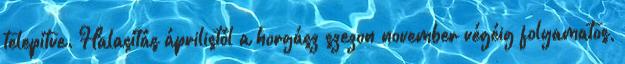
telepítve. Halasítás áprilistól a horgász szezon november végéig folyamatos,